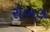
રોબલ